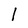
Character: l